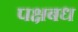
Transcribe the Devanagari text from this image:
पक्षबध